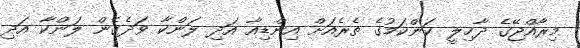
މިރާއްޖޭގެ ދާޚިލީ ކަންކަމުގެ ތެރެއަށް އިންޑިއާ އަދި ލަންކާ ވަދެގެން ލަންކާ އަދި